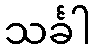
သင်္ခါ